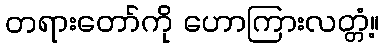
တရားတော်ကို ဟောကြားလတ္တံ့။